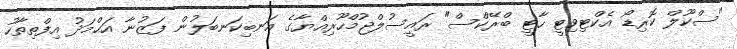
"ސްކޫލް ކޮރިޑޯ އެކްޓިވިޓީ ހާޓީ ބްރޭކްސް" ރައީސުލްޖުމްހޫރިއްޔާގެ އަނބިކަނބަލުން ފަޒުނާ އަޙްމަދު އިފްތިތާހު